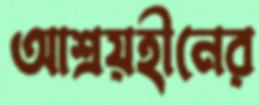
আশ্রয়হীনের